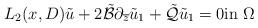
LaTeX: \begin{align*}{L}_2(x,{D})\tilde u+2\tilde{\mathcal B}\partial_{\overline z}\tilde u_1+\tilde{\mathcal Q}\tilde u_1=0 \mbox{in}~ \Omega \end{align*}